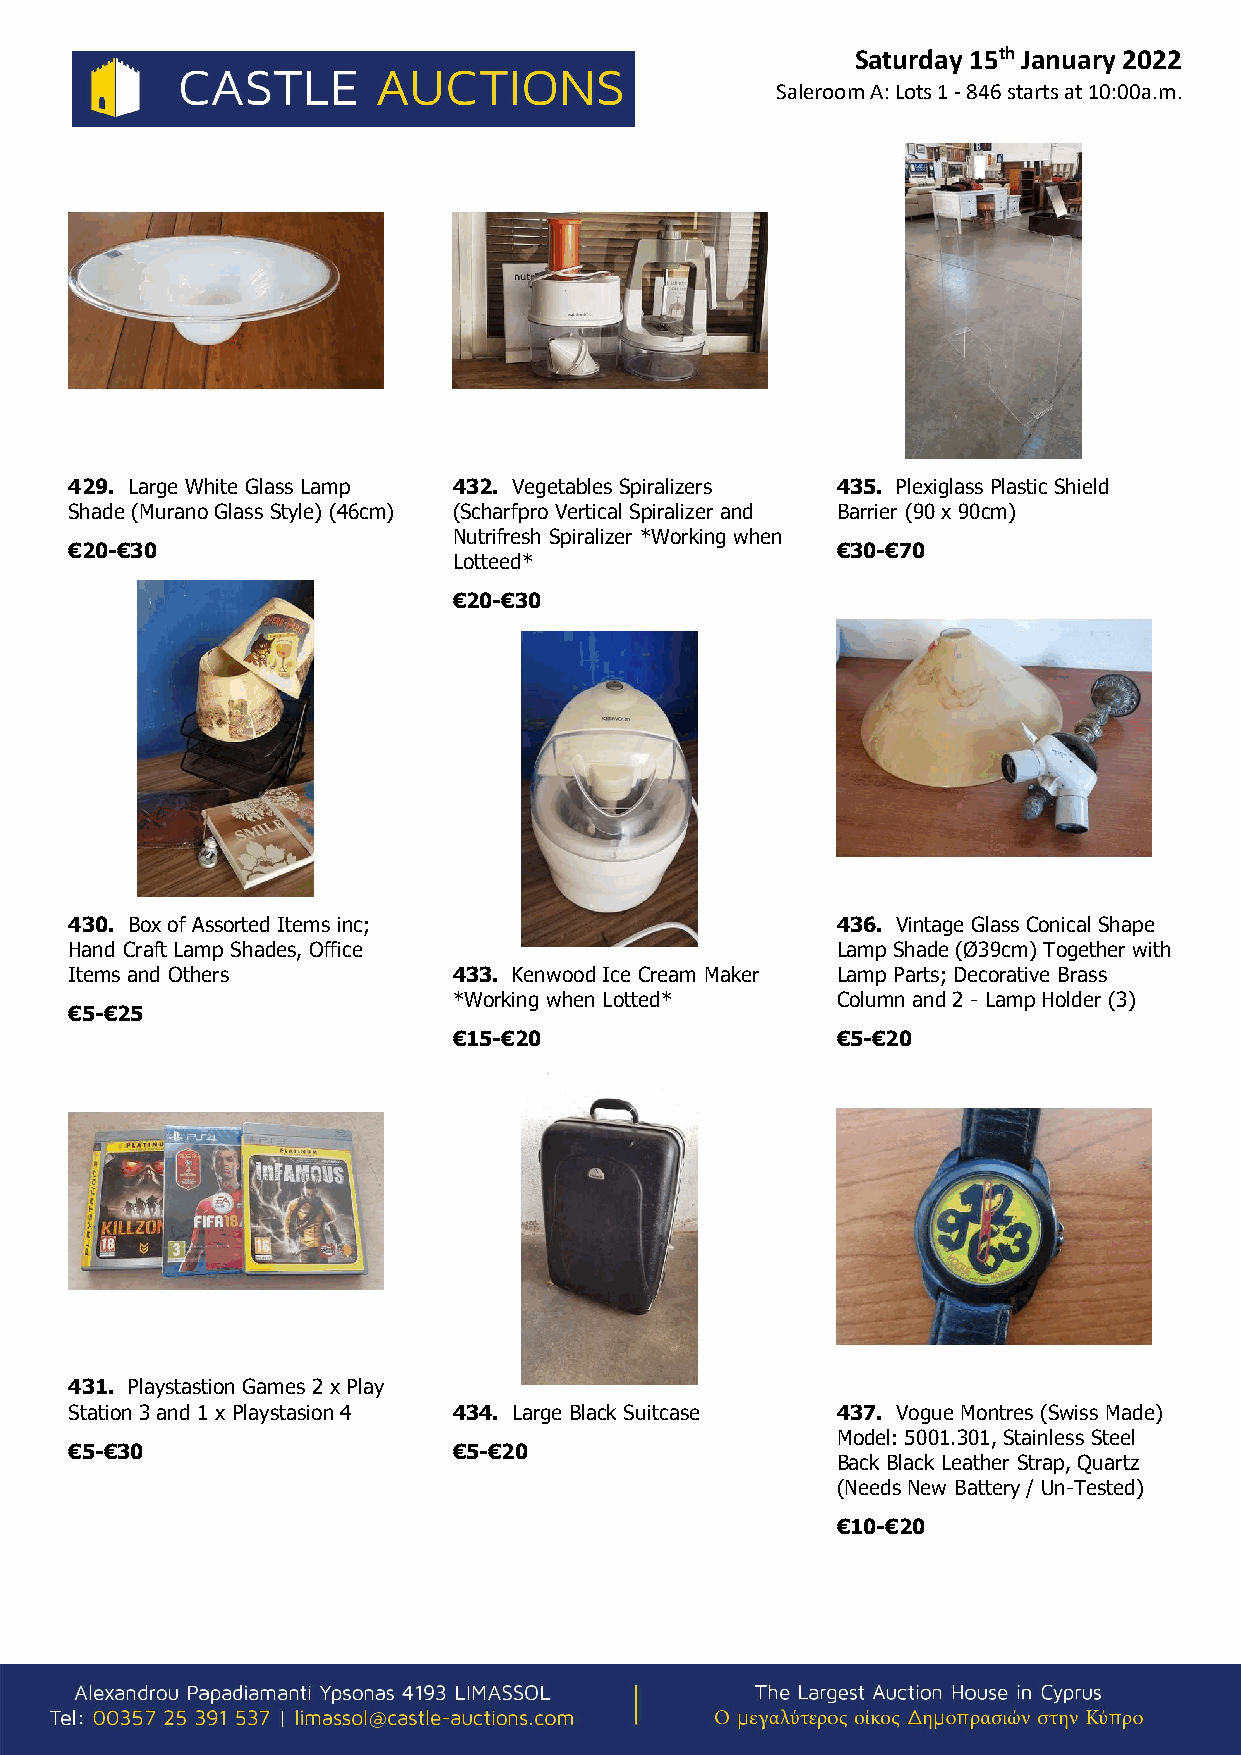
Saturday 15th January 2022
 Saleroom A: Lots 1 - 846 starts at 10:00a.m.
 429. Large White Glass Lamp 432. Vegetables Spiralizers 435. Plexiglass Plastic Shield
 Shade (Murano Glass Style) (46cm) (Scharfpro Vertical Spiralizer and Barrier (90 x 90cm)
 Nutrifresh Spiralizer *Working when
 €20-€30                                           €30-€70
 Lotteed*
 €20-€30
 430. Box of Assorted Items inc;                   436. Vintage Glass Conical Shape
 Hand Craft Lamp Shades, Office                    Lamp Shade (Ø39cm) Together with
 Items and Others         433. Kenwood Ice Cream Maker Lamp Parts; Decorative Brass
 *Working when Lotted*    Column and 2 - Lamp Holder (3)
 €5-€25
 €15-€20                  €5-€20
 431. Playstastion Games 2 x Play
 Station 3 and 1 x Playstasion 4 434. Large Black Suitcase 437. Vogue Montres (Swiss Made)
 Model: 5001.301, Stainless Steel
 €5-€30                   €5-€20
 Back Black Leather Strap, Quartz
 (Needs New Battery / Un-Tested)
 €10-€20